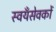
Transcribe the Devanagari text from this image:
स्वयँसेवकों